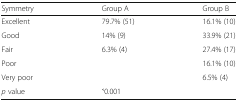
<table><thead><tr><td><b>Symmetry</b></td><td><b>Group A</b></td><td><b>Group B</b></td></tr></thead><tbody><tr><td>Excellent</td><td>79.7% (51)</td><td>16.1% (10)</td></tr><tr><td>Good</td><td>14% (9)</td><td>33.9% (21)</td></tr><tr><td>Fair</td><td>6.3% (4)</td><td>27.4% (17)</td></tr><tr><td>Poor</td><td></td><td>16.1% (10)</td></tr><tr><td>Very poor</td><td></td><td>6.5% (4)</td></tr><tr><td><i>p</i> value</td><td>˂0.001</td><td></td></tr></tbody></table>